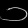
Digit: ၁